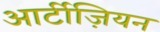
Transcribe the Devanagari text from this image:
आर्टीज़ियन